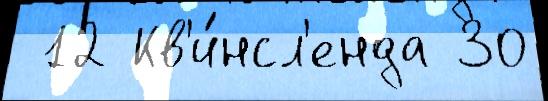
 12 Кв'и́нсл'енда 30